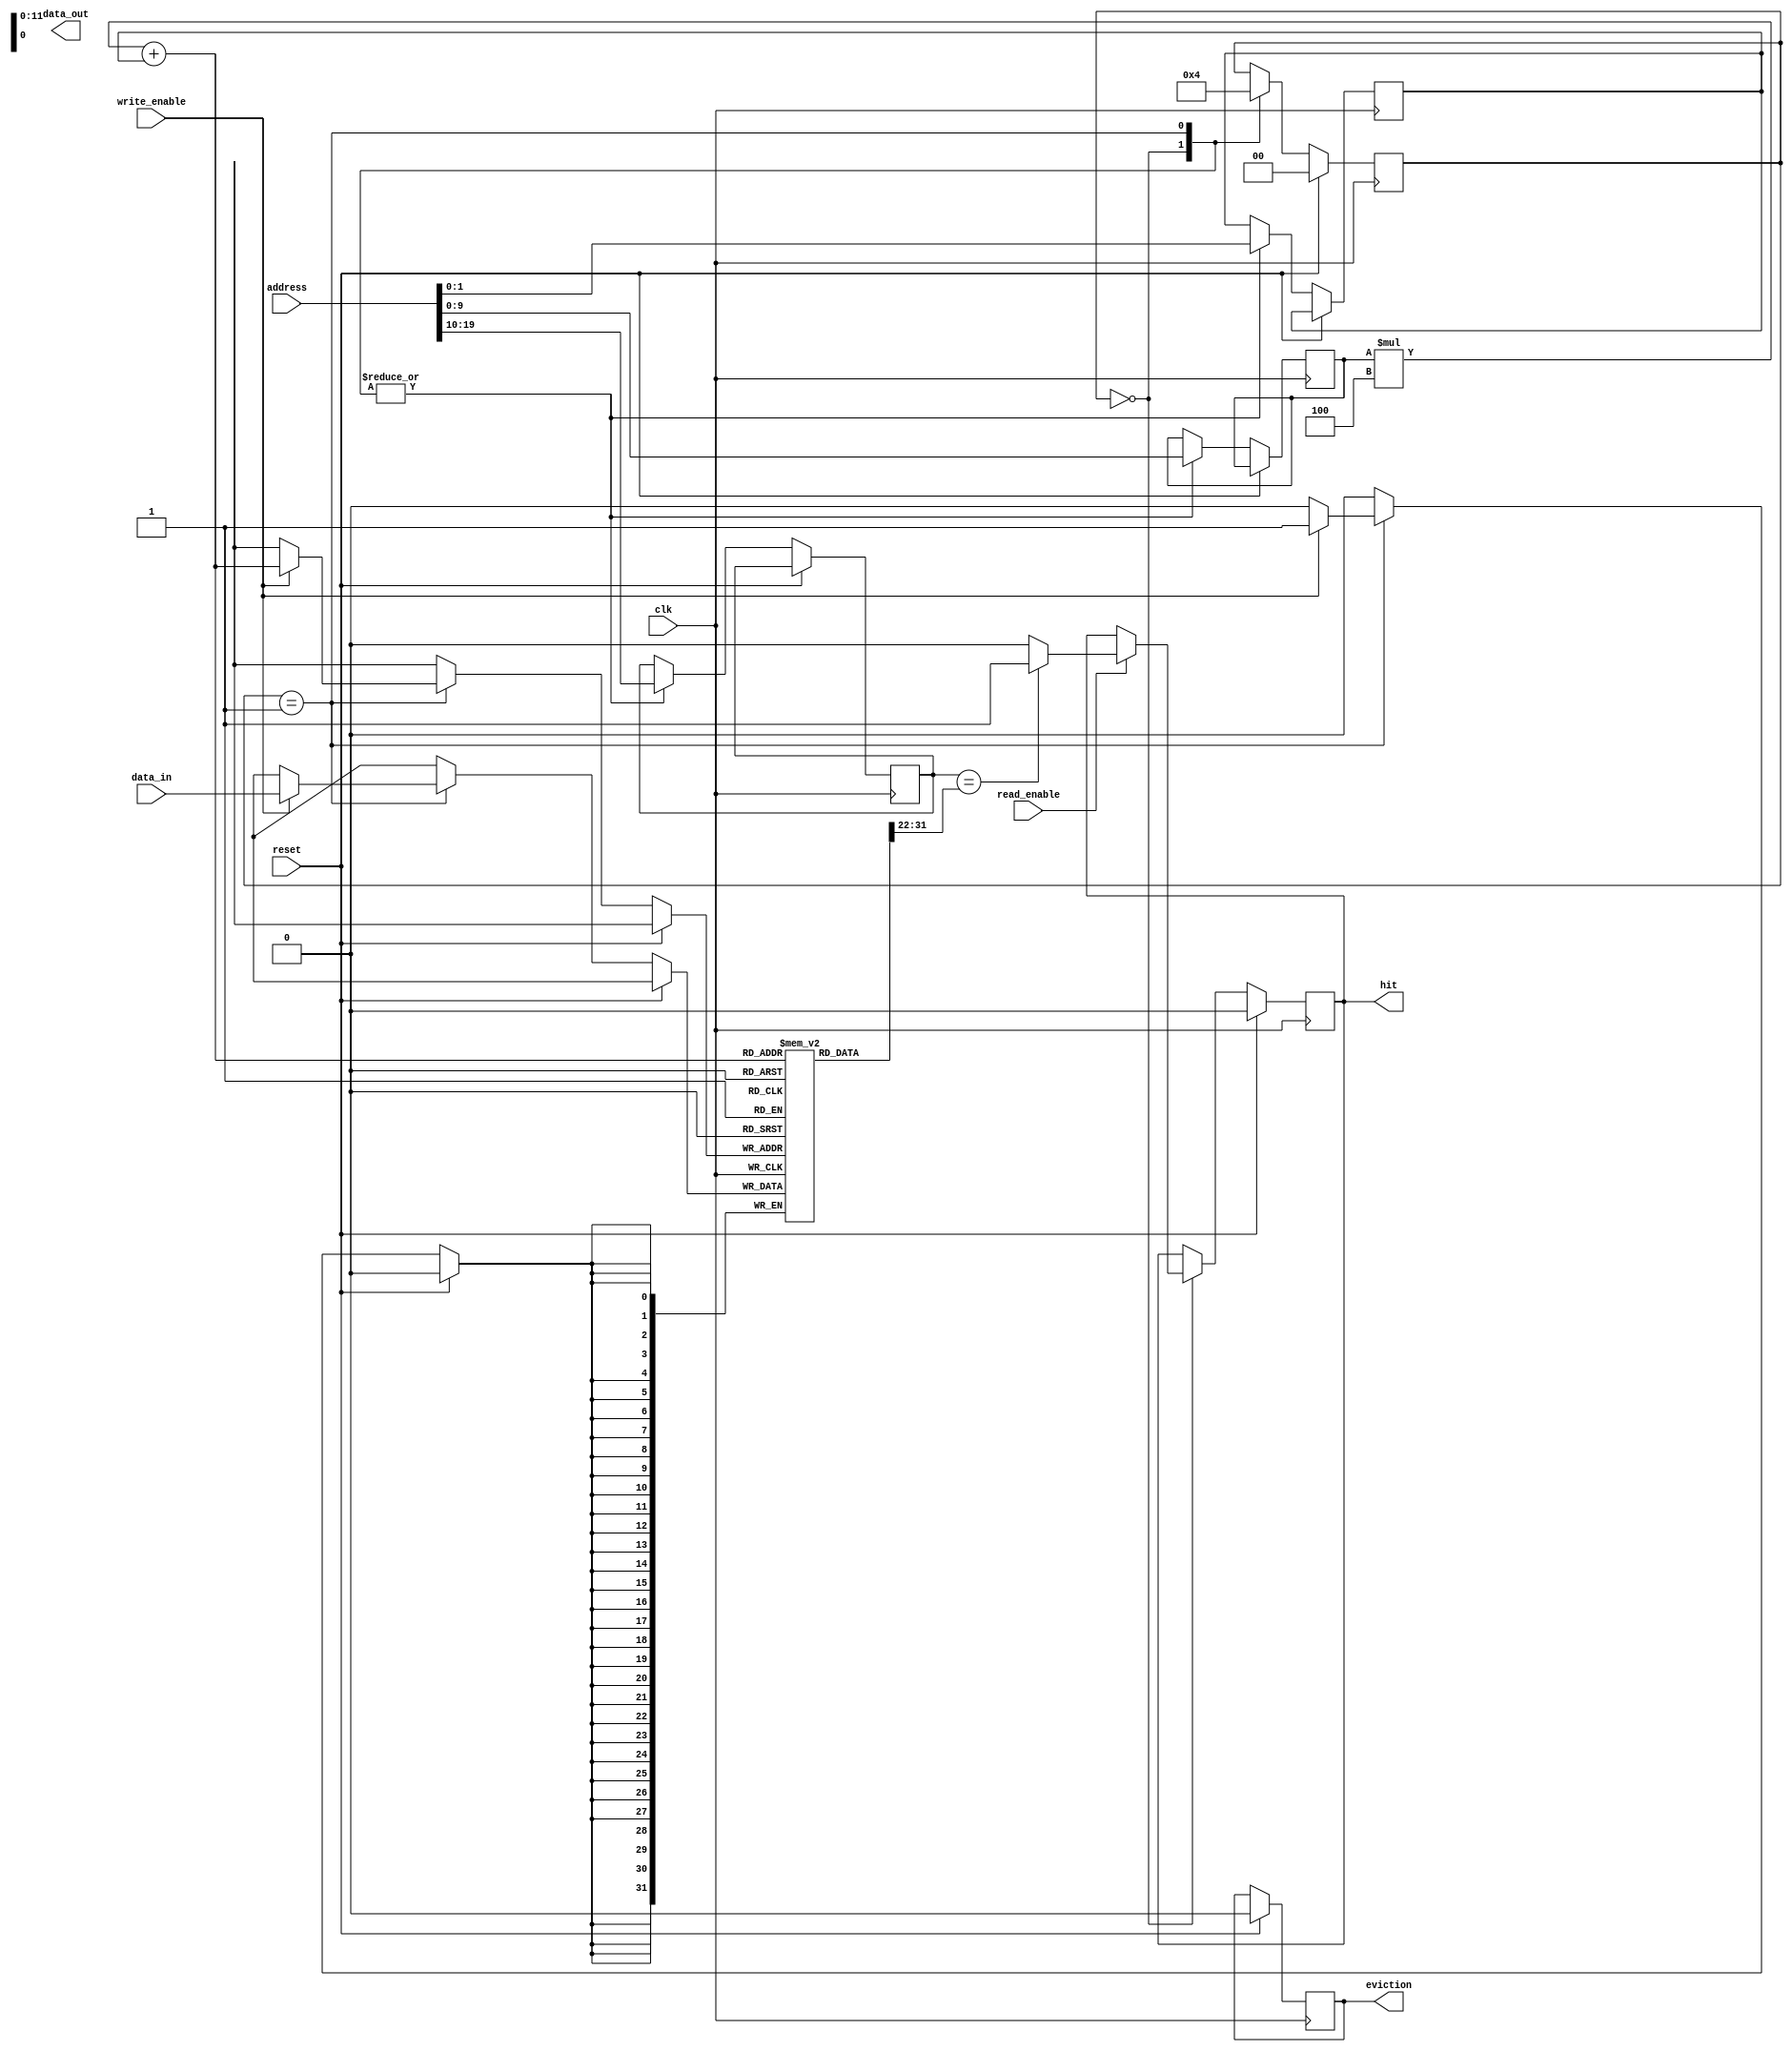
module Cache_Memory (
    input wire clk,
    input wire reset,
    input wire [31:0] address,
    input wire [31:0] data_in,
    input wire write_enable,
    input wire read_enable,
    output reg [31:0] data_out,
    output reg hit,
    output reg eviction
);

reg [31:0] memory [0:1023][0:3]; // 1024 sets with 4 lines per set
reg [31:0] data_out_reg;
reg [9:0] tag;
reg [9:0] set_index;
reg [1:0] line_index;
reg [31:0] temporary_data;
reg [1:0] state;

always @(posedge clk) begin
    if (reset) begin
        state <= 0;
        hit <= 0;
        eviction <= 0;
    end else begin
        case(state)
            0: begin // Read operation
                set_index <= address[9:0];
                tag <= address[19:10];
                line_index <= address[1:0];
                
                if (read_enable) begin
                    if (tag == memory[set_index][line_index][31:22]) begin
                        hit <= 1;
                        data_out_reg <= memory[set_index][line_index][21:0];
                    end else begin
                        hit <= 0;
                    end
                end
                
                state <= 1;
            end
            1: begin // Write operation
                set_index <= address[9:0];
                tag <= address[19:10];
                line_index <= address[1:0];
                
                if (write_enable) begin
                    memory[set_index][line_index] <= {tag, data_in};
                end
                
                state <= 0;
            end
        endcase
    end
end

endmodule